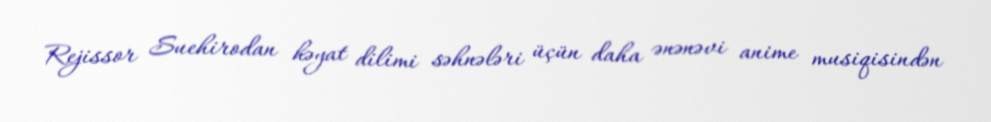
Rejissor Suehirodan həyat dilimi səhnələri üçün daha ənənəvi anime musiqisindən